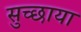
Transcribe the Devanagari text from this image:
सुच्छाया